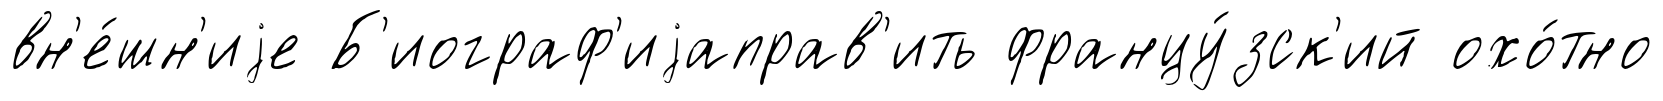
вн'е́шн'иjе Б'иограф'иjаправ'ить францу́зск'ий охо́тно